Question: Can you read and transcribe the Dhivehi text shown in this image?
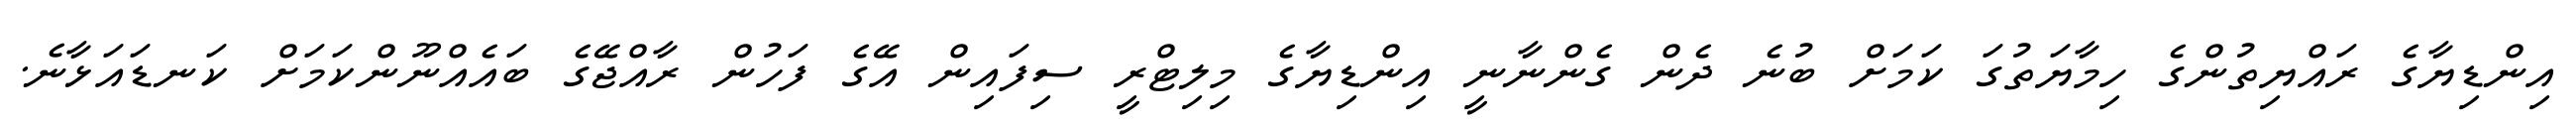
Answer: އިންޑިޔާގެ ރައްޔިތުންގެ ހިމާޔަތުގަ ކަމަށް ބުނެ ދެން ގެންނާނީ އިންޑިޔާގެ މިލިޓްރީ ސިފައިން އޭގެ ފަހުން ރާއްޖޭގެ ބައެއްނޫންކަމަށް ކަނޑައަޅާނެ.